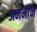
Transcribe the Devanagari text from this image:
अननाॅन